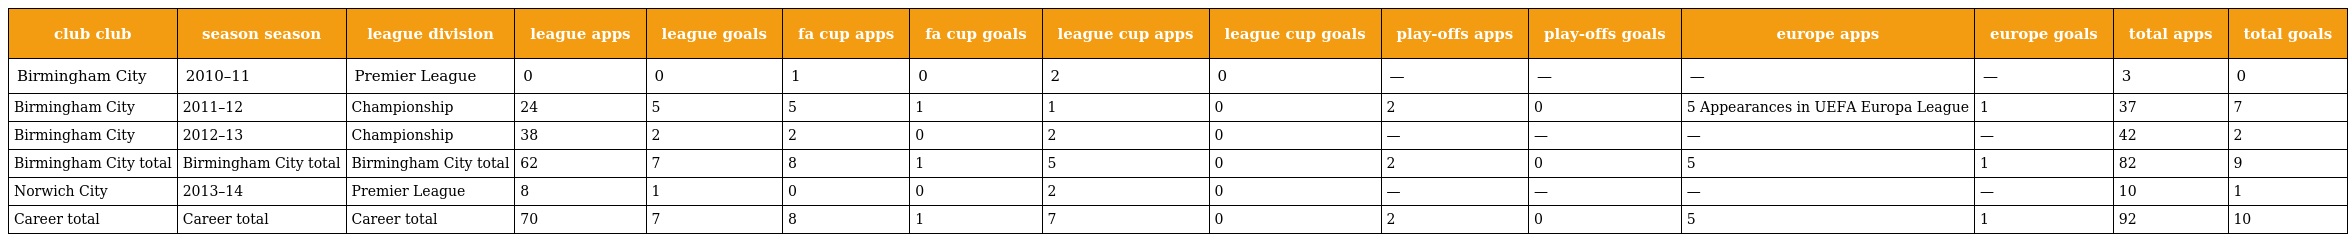
| club club | season season | league division | league apps | league goals | fa cup apps | fa cup goals | league cup apps | league cup goals | play-offs apps | play-offs goals | europe apps | europe goals | total apps | total goals |
 | --- | --- | --- | --- | --- | --- | --- | --- | --- | --- | --- | --- | --- | --- | --- |
 | Birmingham City | 2010–11 | Premier League | 0 | 0 | 1 | 0 | 2 | 0 | — | — | — | — | 3 | 0 |
 | Birmingham City | 2011–12 | Championship | 24 | 5 | 5 | 1 | 1 | 0 | 2 | 0 | 5 Appearances in UEFA Europa League | 1 | 37 | 7 |
 | Birmingham City | 2012–13 | Championship | 38 | 2 | 2 | 0 | 2 | 0 | — | — | — | — | 42 | 2 |
 | Birmingham City total | Birmingham City total | Birmingham City total | 62 | 7 | 8 | 1 | 5 | 0 | 2 | 0 | 5 | 1 | 82 | 9 |
 | Norwich City | 2013–14 | Premier League | 8 | 1 | 0 | 0 | 2 | 0 | — | — | — | — | 10 | 1 |
 | Career total | Career total | Career total | 70 | 7 | 8 | 1 | 7 | 0 | 2 | 0 | 5 | 1 | 92 | 10 |